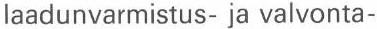
laadunvarmistus- ja valvonta-